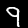
Label: 9